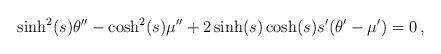
LaTeX: \begin{align*} \sinh^2 ( s ) \theta'' -\cosh^2 ( s ) \mu'' +2\sinh ( s ) \cosh ( s ) s' ( \theta' - \mu' ) =0\,,\end{align*}